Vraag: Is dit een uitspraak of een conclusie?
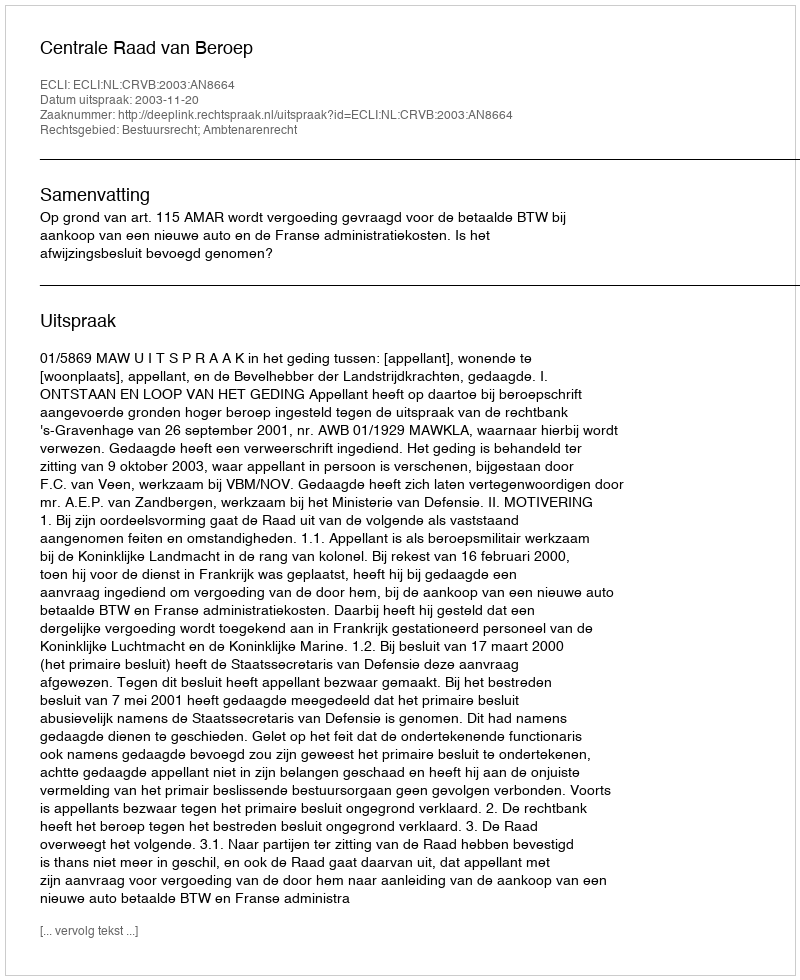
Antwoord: Uitspraak